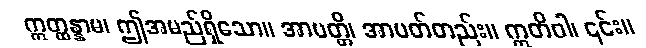
ဣတ္ထန္နာမ၊ ဤအမည်ရှိသော။ အာပတ္တိ၊ အာပတ်တည်း။ ဣတိဝါ၊ ၎င်း။